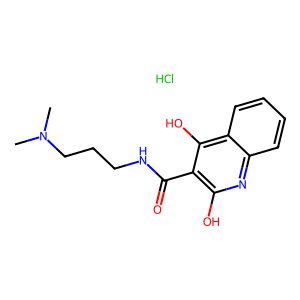
SMILES: CN(C)CCCNC(=O)c1c(O)nc2ccccc2c1O.Cl
Inhibits HIV replication: No